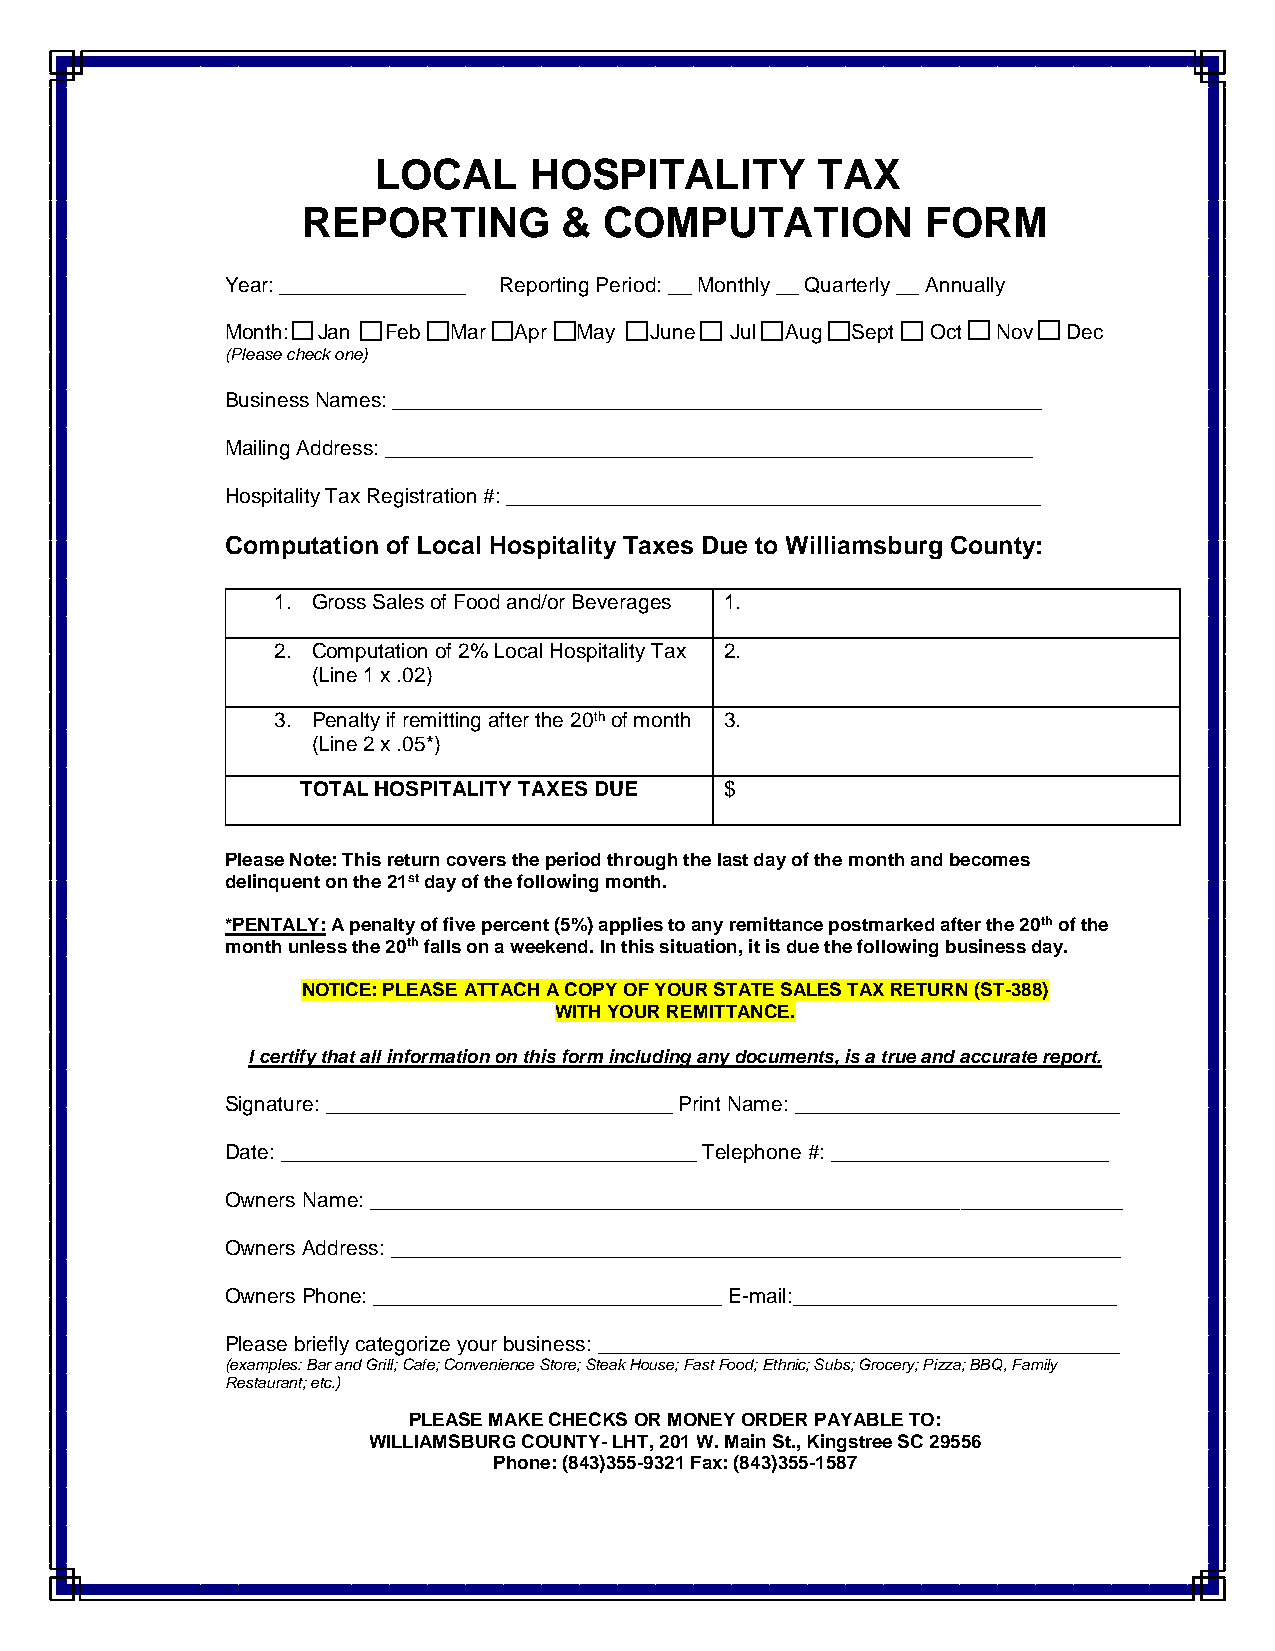
LOCAL     HOSPITALITY        TAX
 REPORTING        &  COMPUTATION          FORM
 Year: ________________ Reporting Period: __ Monthly __ Quarterly __ Annually
 Month: Jan Feb Mar Apr May  June Jul Aug Sept  Oct Nov  Dec
 (Please check one)
 Business Names: ________________________________________________________
 Mailing Address: ________________________________________________________
 Hospitality Tax Registration #: ______________________________________________
 Computation of Local Hospitality Taxes Due to Williamsburg County:
 1. Gross Sales of Food and/or Beverages 1.
 2. Computation of 2% Local Hospitality Tax 2.
 (Line 1 x .02)
 3. Penalty if remitting after the 20th of month 3.
 (Line 2 x .05*)
 TOTAL HOSPITALITY TAXES DUE $
 Please Note: This return covers the period through the last day of the month and becomes
 delinquent on the 21st day of the following month.
 *PENTALY: A penalty of five percent (5%) applies to any remittance postmarked after the 20th of the
 month unless the 20th falls on a weekend. In this situation, it is due the following business day.
 NOTICE: PLEASE ATTACH A COPY OF YOUR STATE SALES TAX RETURN (ST-388)
 WITH YOUR REMITTANCE.
 I certify that all information on this form including any documents, is a true and accurate report.
 Signature: ______________________________ Print Name: ____________________________
 Date: ____________________________________ Telephone #: ________________________
 Owners Name: _________________________________________________________________
 Owners Address: _______________________________________________________________
 Owners Phone: ______________________________ E-mail:____________________________
 Please briefly categorize your business: _____________________________________________
 (examples: Bar and Grill; Cafe; Convenience Store; Steak House; Fast Food; Ethnic; Subs; Grocery; Pizza; BBQ, Family
 Restaurant; etc.)
 PLEASE MAKE CHECKS OR MONEY ORDER PAYABLE TO:
 WILLIAMSBURG COUNTY- LHT, 201 W. Main St., Kingstree SC 29556
 Phone: (843)355-9321 Fax: (843)355-1587